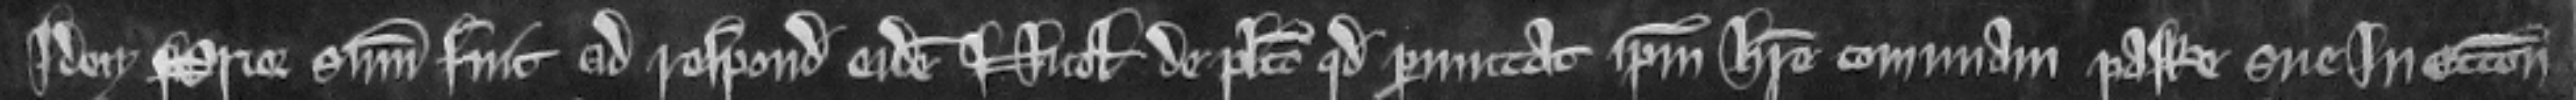
idem Prior summonitus fuit ad respondendum eidem Nicholaum de placito quod permittat ipsum habere comunam pasture sue In ettonem